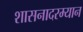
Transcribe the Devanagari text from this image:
शासनादरम्यान